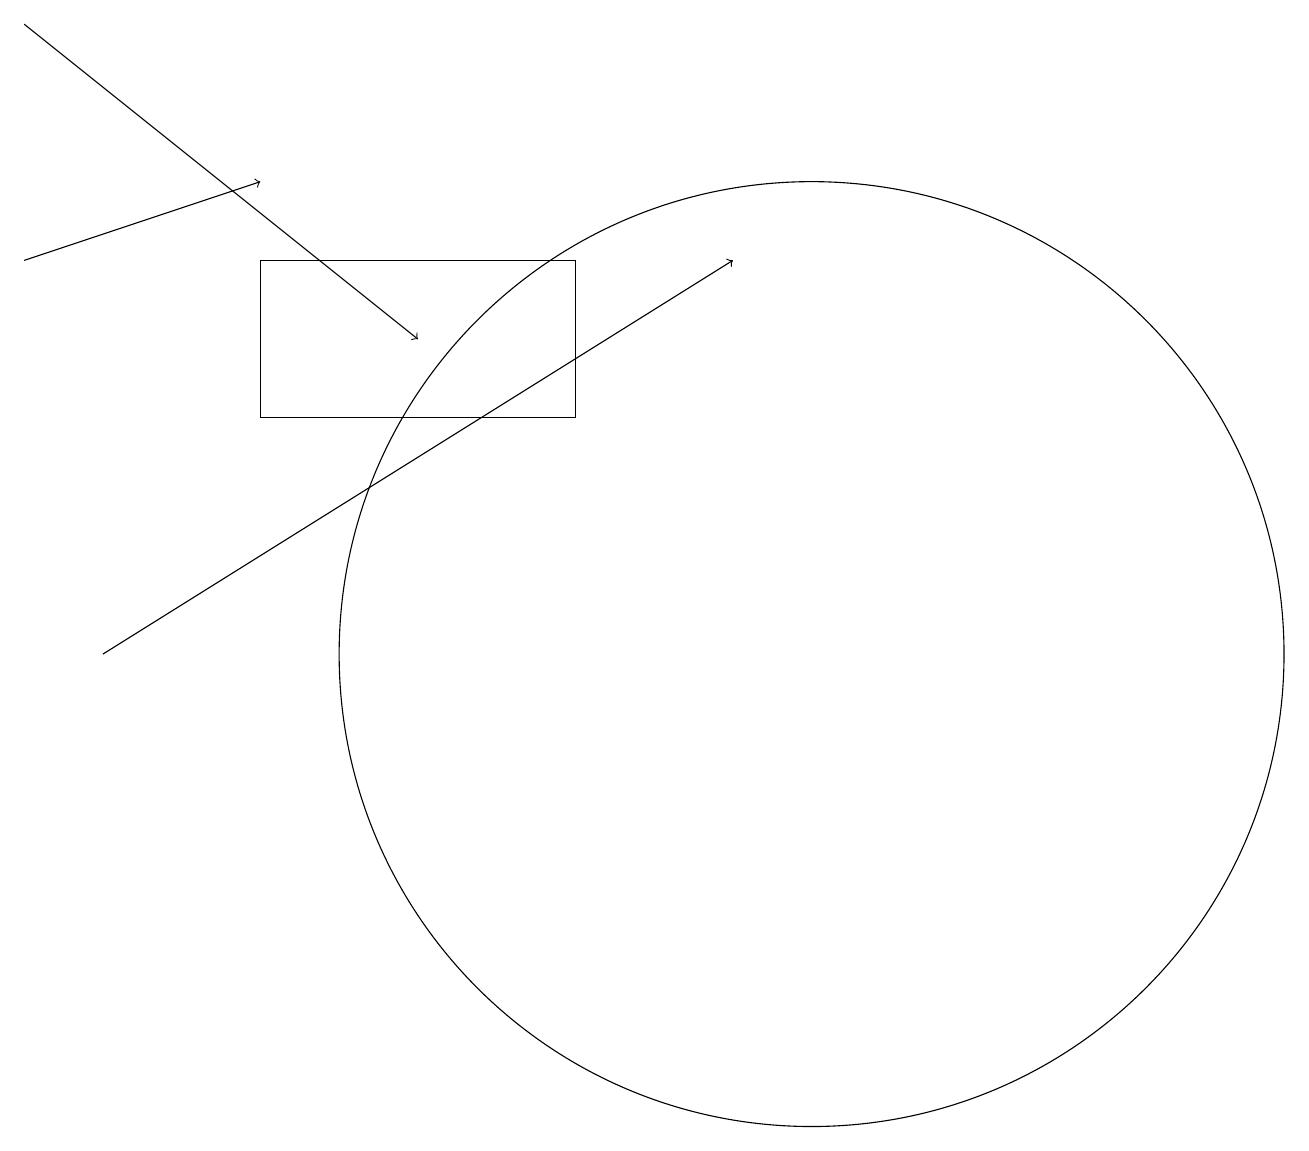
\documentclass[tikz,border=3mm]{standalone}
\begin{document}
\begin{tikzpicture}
\draw[->] (1,10) -- (9,15);
\draw[->] (0,18) -- (5,14);
\draw[->] (0,15) -- (3,16);
\draw (10,10) circle (6);
\draw (3,15) rectangle (7,13);
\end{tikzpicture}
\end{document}